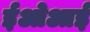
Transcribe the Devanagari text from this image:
ईओआई